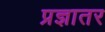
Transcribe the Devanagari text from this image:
प्रज्ञातर